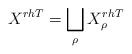
LaTeX: \begin{align*} X^{rhT} = \bigsqcup_{\rho} X^{rhT}_\rho \end{align*}